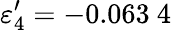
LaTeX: \varepsilon_{4}^{\prime}=-0.063\ 4